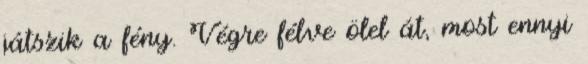
játszik a fény. Végre félve ölel át, most ennyi